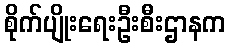
စိုက်ပျိုးရေးဦးစီးဌာနက